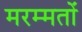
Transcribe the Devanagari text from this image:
मरम्मतों